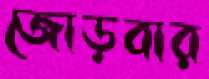
জোড়বার